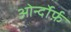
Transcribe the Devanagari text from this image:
ओर्न्दोर्फ़